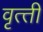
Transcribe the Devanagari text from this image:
वृत्‍ती